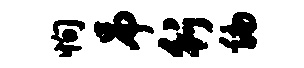
恂吊行编